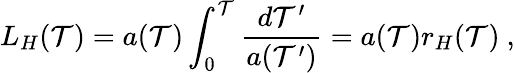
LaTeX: L_{H}(\mathcal{T})=a(\mathcal{T})\int_{0}^{\mathcal{T}}\frac{{d\mathcal{T}^{\prime}}}{{a(\mathcal{T}^{\prime})}}=a(\mathcal{T})r_{H}(\mathcal{T})\ ,